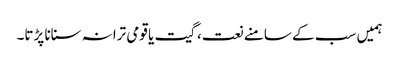
ہمیں سب کے سامنے نعت، گیت یا قومی ترانہ سنانا پڑتا۔